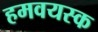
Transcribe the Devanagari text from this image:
हमवयस्क